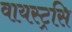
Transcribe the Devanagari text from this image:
वायस्ट्रसि